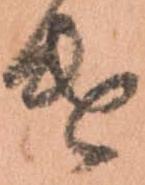
け